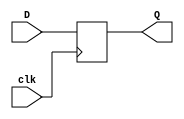
/*
	1 Bit DFF
		- Sets Q equal to D on the positive edge of clk
*/
module DFF_1(input clk, D, output reg Q);
	always @(posedge clk)
		Q <= D;
endmodule

/*
	16 Bit DFF
		- Sets Q equal to D on the positive edge of clk
*/
module DFF_16(input clk, input [15:0] D, output reg [15:0] Q);
	always @(posedge clk)
		Q <= D;
endmodule